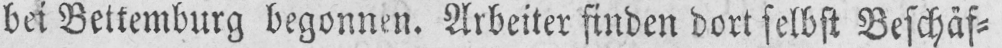
bei Bettemburg begonnen. Arbeiter finden dort selbst Beschäf⸗